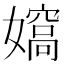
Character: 𡢠